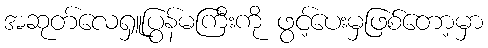
အဆုတ်လေရှူပြွန်မကြီးကို ဖွင့်ပေးမှဖြစ်တော့မှာ